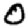
Digit: 0